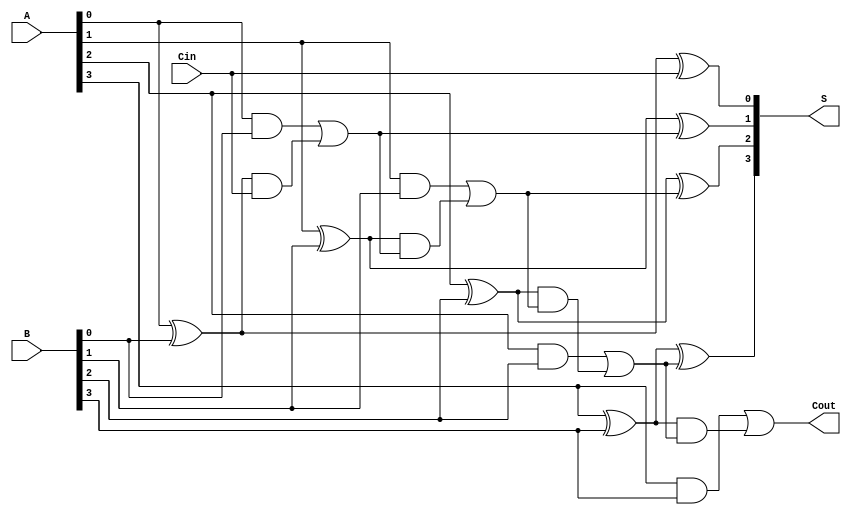
module RCLA #(parameter n = 4) (
    input  [n-1:0] A,      // First operand
    input  [n-1:0] B,      // Second operand
    input         Cin,      // Carry-in
    output [n-1:0] S,      // Sum output
    output        Cout      // Carry-out
);

    // Generate and propagate signals
    wire [n-1:0] G; // Generate signals
    wire [n-1:0] P; // Propagate signals
    wire [n:0] C;   // Carry signals

    // Generate and propagate calculations
    genvar i;
    generate
        for (i = 0; i < n; i = i + 1) begin : gen_prop
            assign G[i] = A[i] & B[i]; // Gi = Ai AND Bi
            assign P[i] = A[i] ^ B[i]; // Pi = Ai XOR Bi
        end
    endgenerate

    // Carry calculations
    assign C[0] = Cin; // Initial carry input
    generate
        for (i = 0; i < n; i = i + 1) begin : carry_calc
            assign C[i + 1] = G[i] | (P[i] & C[i]); // Ci+1 = Gi OR (Pi AND Ci)
        end
    endgenerate

    // Sum calculations
    generate
        for (i = 0; i < n; i = i + 1) begin : sum_calc
            assign S[i] = P[i] ^ C[i]; // Si = Pi XOR Ci
        end
    endgenerate

    // Carry-out
    assign Cout = C[n]; // Final carry-out

endmodule